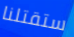
ستقتلنا